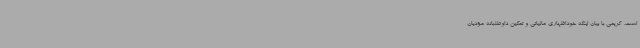
است. کریمی با بیان اینکه خوداظهاری مالیاتی و تمکین داوطلبانه مؤدیان